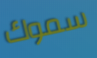
سموك